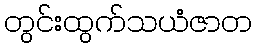
တွင်းထွက်သယံဇာတ